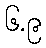
၆.၉